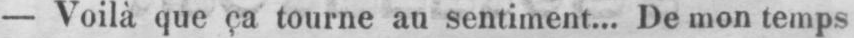
- Voilà que ça tourne au sentiment... De mon temps